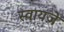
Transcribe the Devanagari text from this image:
स्वायज़े